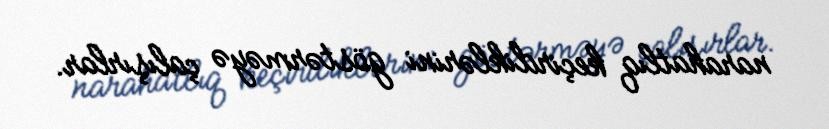
narahatlıq keçirdiklərini göstərməyə çalışırlar.